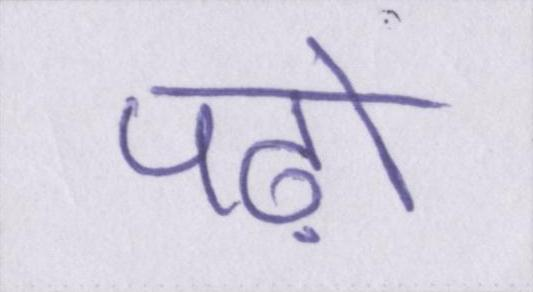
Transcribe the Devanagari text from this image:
पढ़ो